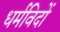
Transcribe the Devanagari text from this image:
धर्मविदों